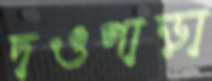
দওপাড়া